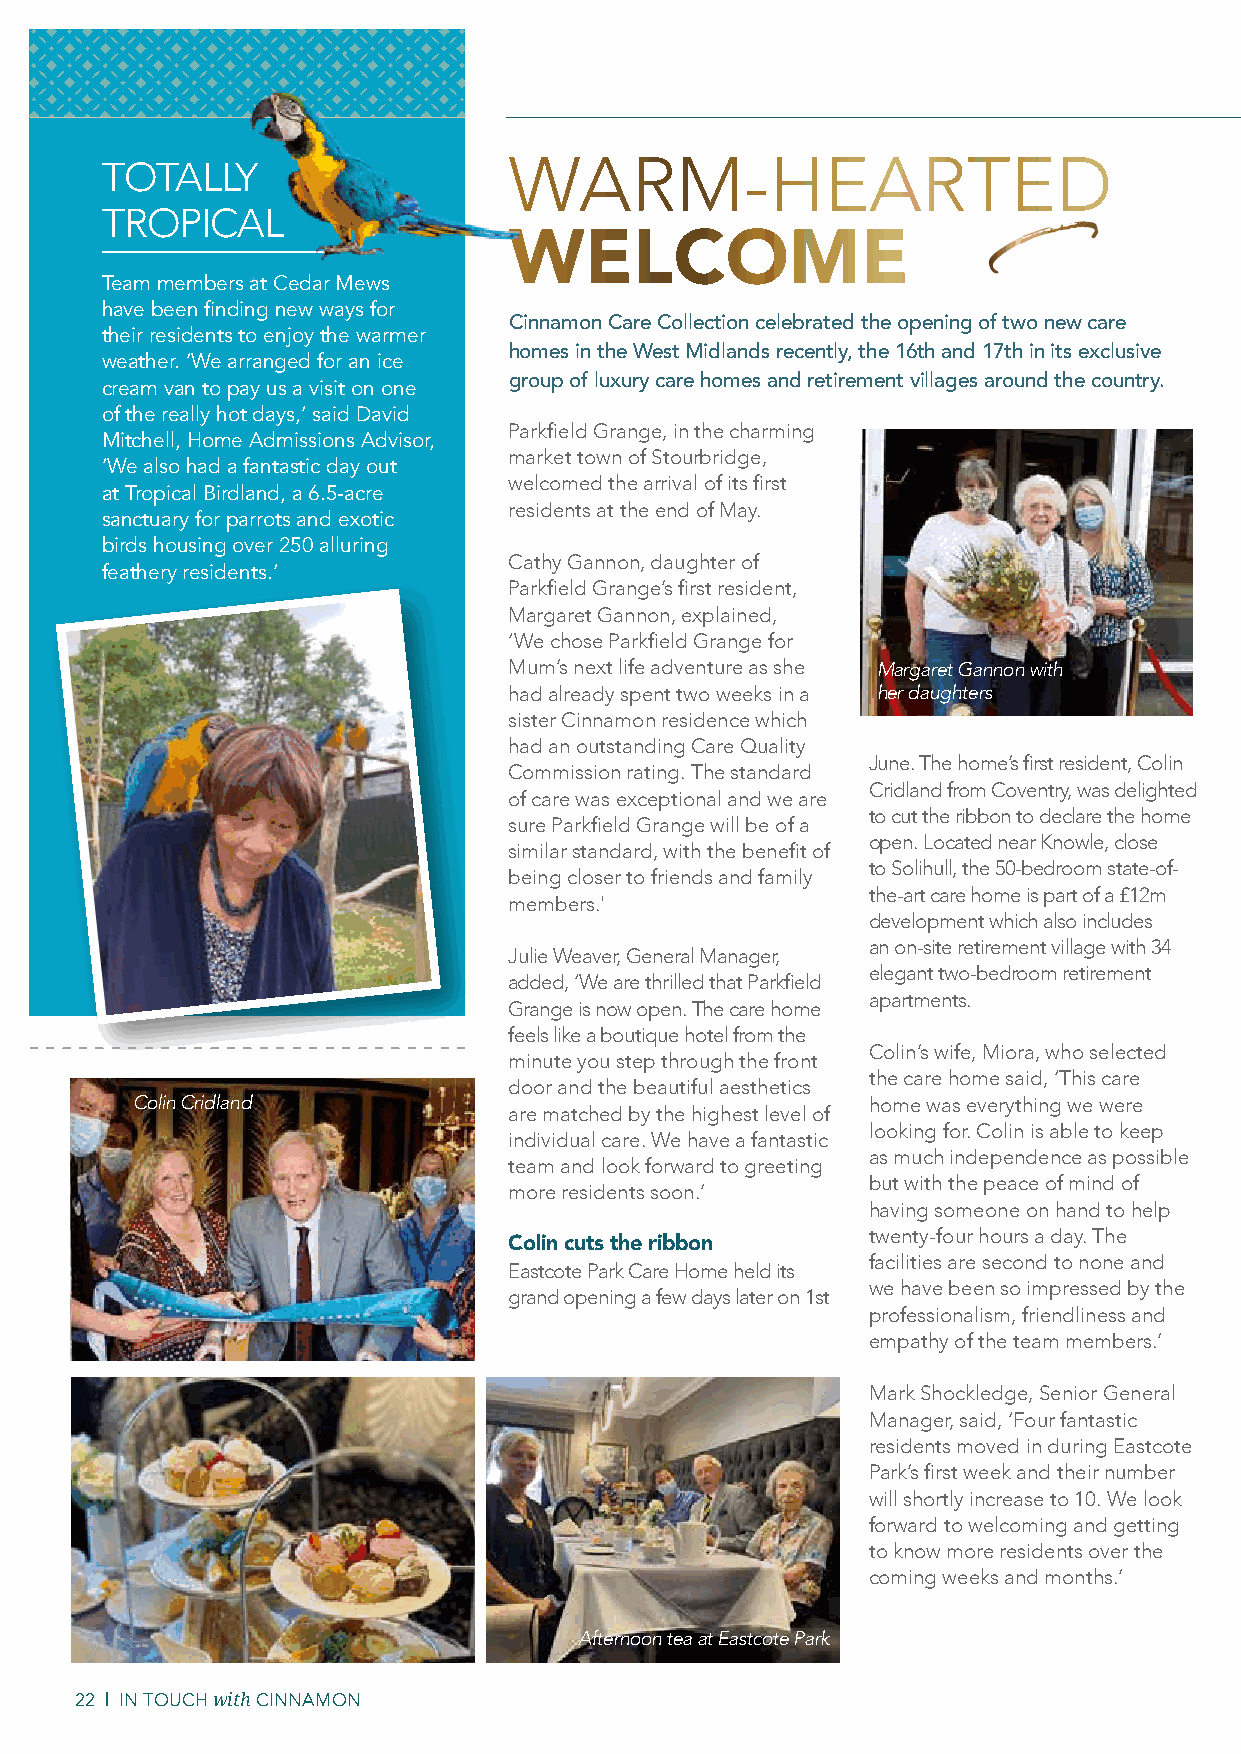
WARM-HEARTED
 TOTALLY
 TROPICAL
 WELCOME
 Team members at Cedar Mews
 have been finding new ways for
 Cinnamon Care Collection celebrated the opening of two new care
 their residents to enjoy the warmer
 homes in the West Midlands recently, the 16th and 17th in its exclusive
 weather. ‘We arranged for an ice
 cream van to pay us a visit on one group of luxury care homes and retirement villages around the country.
 of the really hot days,’ said David
 Parkfield Grange, in the charming
 Mitchell, Home Admissions Advisor,
 market town of Stourbridge,
 ‘We also had a fantastic day out
 welcomed the arrival of its first
 at Tropical Birdland, a 6.5-acre
 residents at the end of May.
 sanctuary for parrots and exotic
 birds housing over 250 alluring
 Cathy Gannon, daughter of
 feathery residents.’
 Parkfield Grange’s first resident,
 Margaret Gannon, explained,
 ‘We chose Parkfield Grange for
 Mum’s next life adventure as she Margaret Gannon with
 had already spent two weeks in a her daughters
 sister Cinnamon residence which
 had an outstanding Care Quality
 June. The home’s first resident, Colin
 Commission rating. The standard
 Cridland from Coventry, was delighted
 of care was exceptional and we are
 to cut the ribbon to declare the home
 sure Parkfield Grange will be of a
 open. Located near Knowle, close
 similar standard, with the benefit of
 to Solihull, the 50-bedroom state-of-
 being closer to friends and family
 the-art care home is part of a £12m
 members.'
 development which also includes
 an on-site retirement village with 34
 Julie Weaver, General Manager,
 elegant two-bedroom retirement
 added, ‘We are thrilled that Parkfield
 apartments.
 Grange is now open. The care home
 feels like a boutique hotel from the
 Colin’s wife, Miora, who selected
 minute you step through the front
 the care home said, ‘This care
 door and the beautiful aesthetics
 Colin Cridland                                  home was everything we were
 are matched by the highest level of
 looking for. Colin is able to keep
 individual care. We have a fantastic
 as much independence as possible
 team and look forward to greeting
 but with the peace of mind of
 more residents soon.’
 having someone on hand to help
 twenty-four hours a day. The
 Colin cuts the ribbon
 facilities are second to none and
 Eastcote Park Care Home held its
 we have been so impressed by the
 grand opening a few days later on 1st
 professionalism, friendliness and
 empathy of the team members.’
 Mark Shockledge, Senior General
 Manager, said, ‘Four fantastic
 residents moved in during Eastcote
 Park’s first week and their number
 will shortly increase to 10. We look
 forward to welcoming and getting
 to know more residents over the
 coming weeks and months.’
 Afternoon tea at Eastcote Park
 2222 || IINN TTOOUUCCHH wwiitthh CCIINNNNAAMMOONN